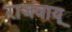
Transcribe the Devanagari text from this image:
राजवायू